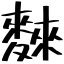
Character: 麳